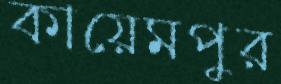
কায়েমপুর